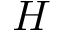
H